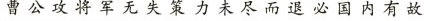
曹公攻将军无失策力未尽而退必国内有故